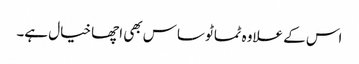
اس کے علاوہ ٹماٹو ساس بھی اچھا خیال ہے۔